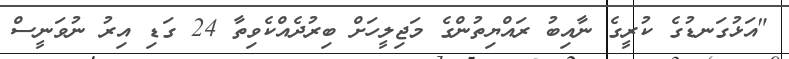
"އަޅުގަނޑުގެ ކުރީގެ ނާއިބު ރައްޔިތުންގެ މަޖިލީހަށް ބިރުދެއްކެވިތާ 24 ގަޑި އިރު ނުވަނީސް